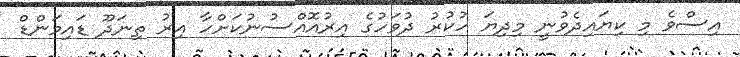
އިސްވެ މި ކިޔައިދެވުނީ މިދިޔަ ހުކުރު ދުވަހުގެ އިރުއޮއްސުނުކަށްހާ އިރު ތިނަދޫ ޑައިމަންޑް